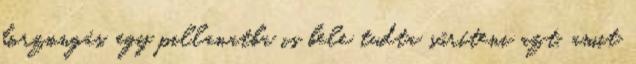
borzongás. egy pillanatba is bele tudta sűríteni azt, amit